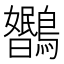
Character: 𬷳